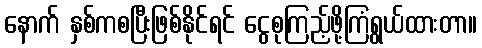
နောက် နှစ်ကစပြီးဖြစ်နိုင်ရင် ငွေစုကြည့်ဖို့ကြံရွယ်ထားတာ။